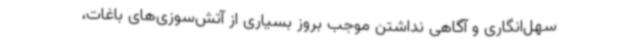
سهل‌انگاری و آگاهی نداشتن موجب بروز بسیاری از آتش‌سوزی‌های باغات،